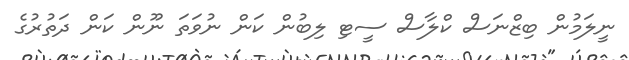
ނީލަމުން ބިޒްނަސް ކްލާސް ސީޓި ލިބުން ކަން ނުވަތަ ނޫން ކަން ދަތުރުގެ